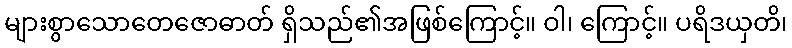
များစွာသောတေဇောဓာတ် ရှိသည်၏အဖြစ်ကြောင့်။ ဝါ၊ ကြောင့်။ ပရိဒယှတိ၊